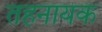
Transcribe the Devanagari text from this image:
तहनायक